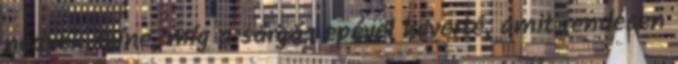
nedvek színe, míg a sárgás epével keverté, amit rendesen